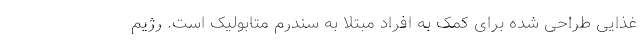
غذایی طراحی شده برای کمک به افراد مبتلا به سندرم متابولیک است. رژیم